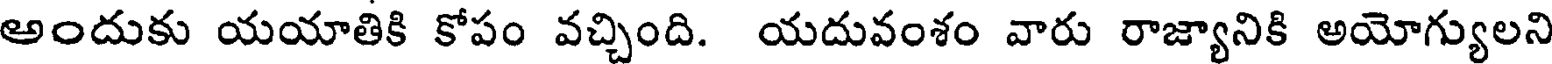
అందుకు యయాతికి కోపం వచ్చింది. యదువంశం వారు రాజ్యానికి అయోగ్యులని